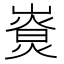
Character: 𤎚